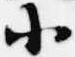
小